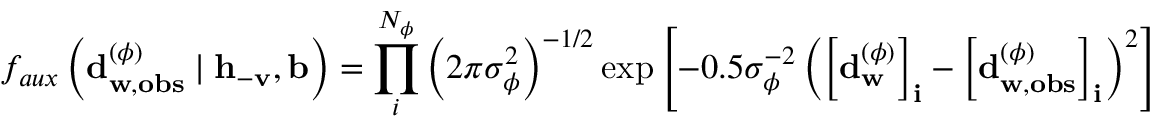
f _ { a u x } \left( \mathbf { d } _ { \mathbf { w } , \mathbf { o b s } } ^ { ( \phi ) } \mid \mathbf { h } _ { - \mathbf { v } } , \mathbf { b } \right) = \prod _ { i } ^ { N _ { \phi } } { \left( 2 \pi \sigma _ { \phi } ^ { 2 } \right) ^ { - 1 / 2 } \exp { \left[ - 0 . 5 \sigma _ { \phi } ^ { - 2 } \left( \left[ \mathbf { d } _ { \mathbf { w } } ^ { ( \phi ) } \right] _ { \mathbf { i } } - \left[ \mathbf { d } _ { \mathbf { w } , \mathbf { o b s } } ^ { ( \phi ) } \right] _ { \mathbf { i } } \right) ^ { 2 } \right] } }